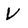
Character: V